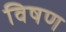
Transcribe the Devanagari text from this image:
विषण